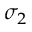
\sigma _ { 2 }